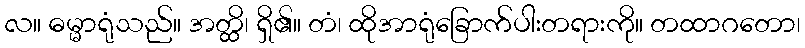
လ။ ဓမ္မာရုံသည်။ အတ္ထိ၊ ရှိ၏။ တံ၊ ထိုအာရုံခြောက်ပါးတရားကို။ တထာဂတော၊